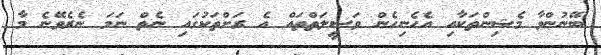
ބޭނުންވާ މެޝިންތަކާއި އެހެނިހެން ވަސީލަތްތައް އެ ރަށްތަކުގައި ނެތް ނަމަ ނެރެވޭނެ މާ